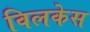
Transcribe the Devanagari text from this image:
विलकेस